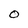
Character: 0